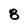
Character: 8